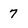
Character: 7